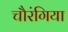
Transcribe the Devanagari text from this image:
चौरंगिया